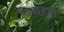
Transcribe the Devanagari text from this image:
किव्हचा